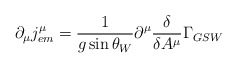
\begin{align*}\partial_{\mu}j^{\mu}_{em}=\frac 1{g \sin\theta_{W}}\partial^{\mu} \frac\delta{\delta A^{\mu}}\Gamma_{GSW}\end{align*}